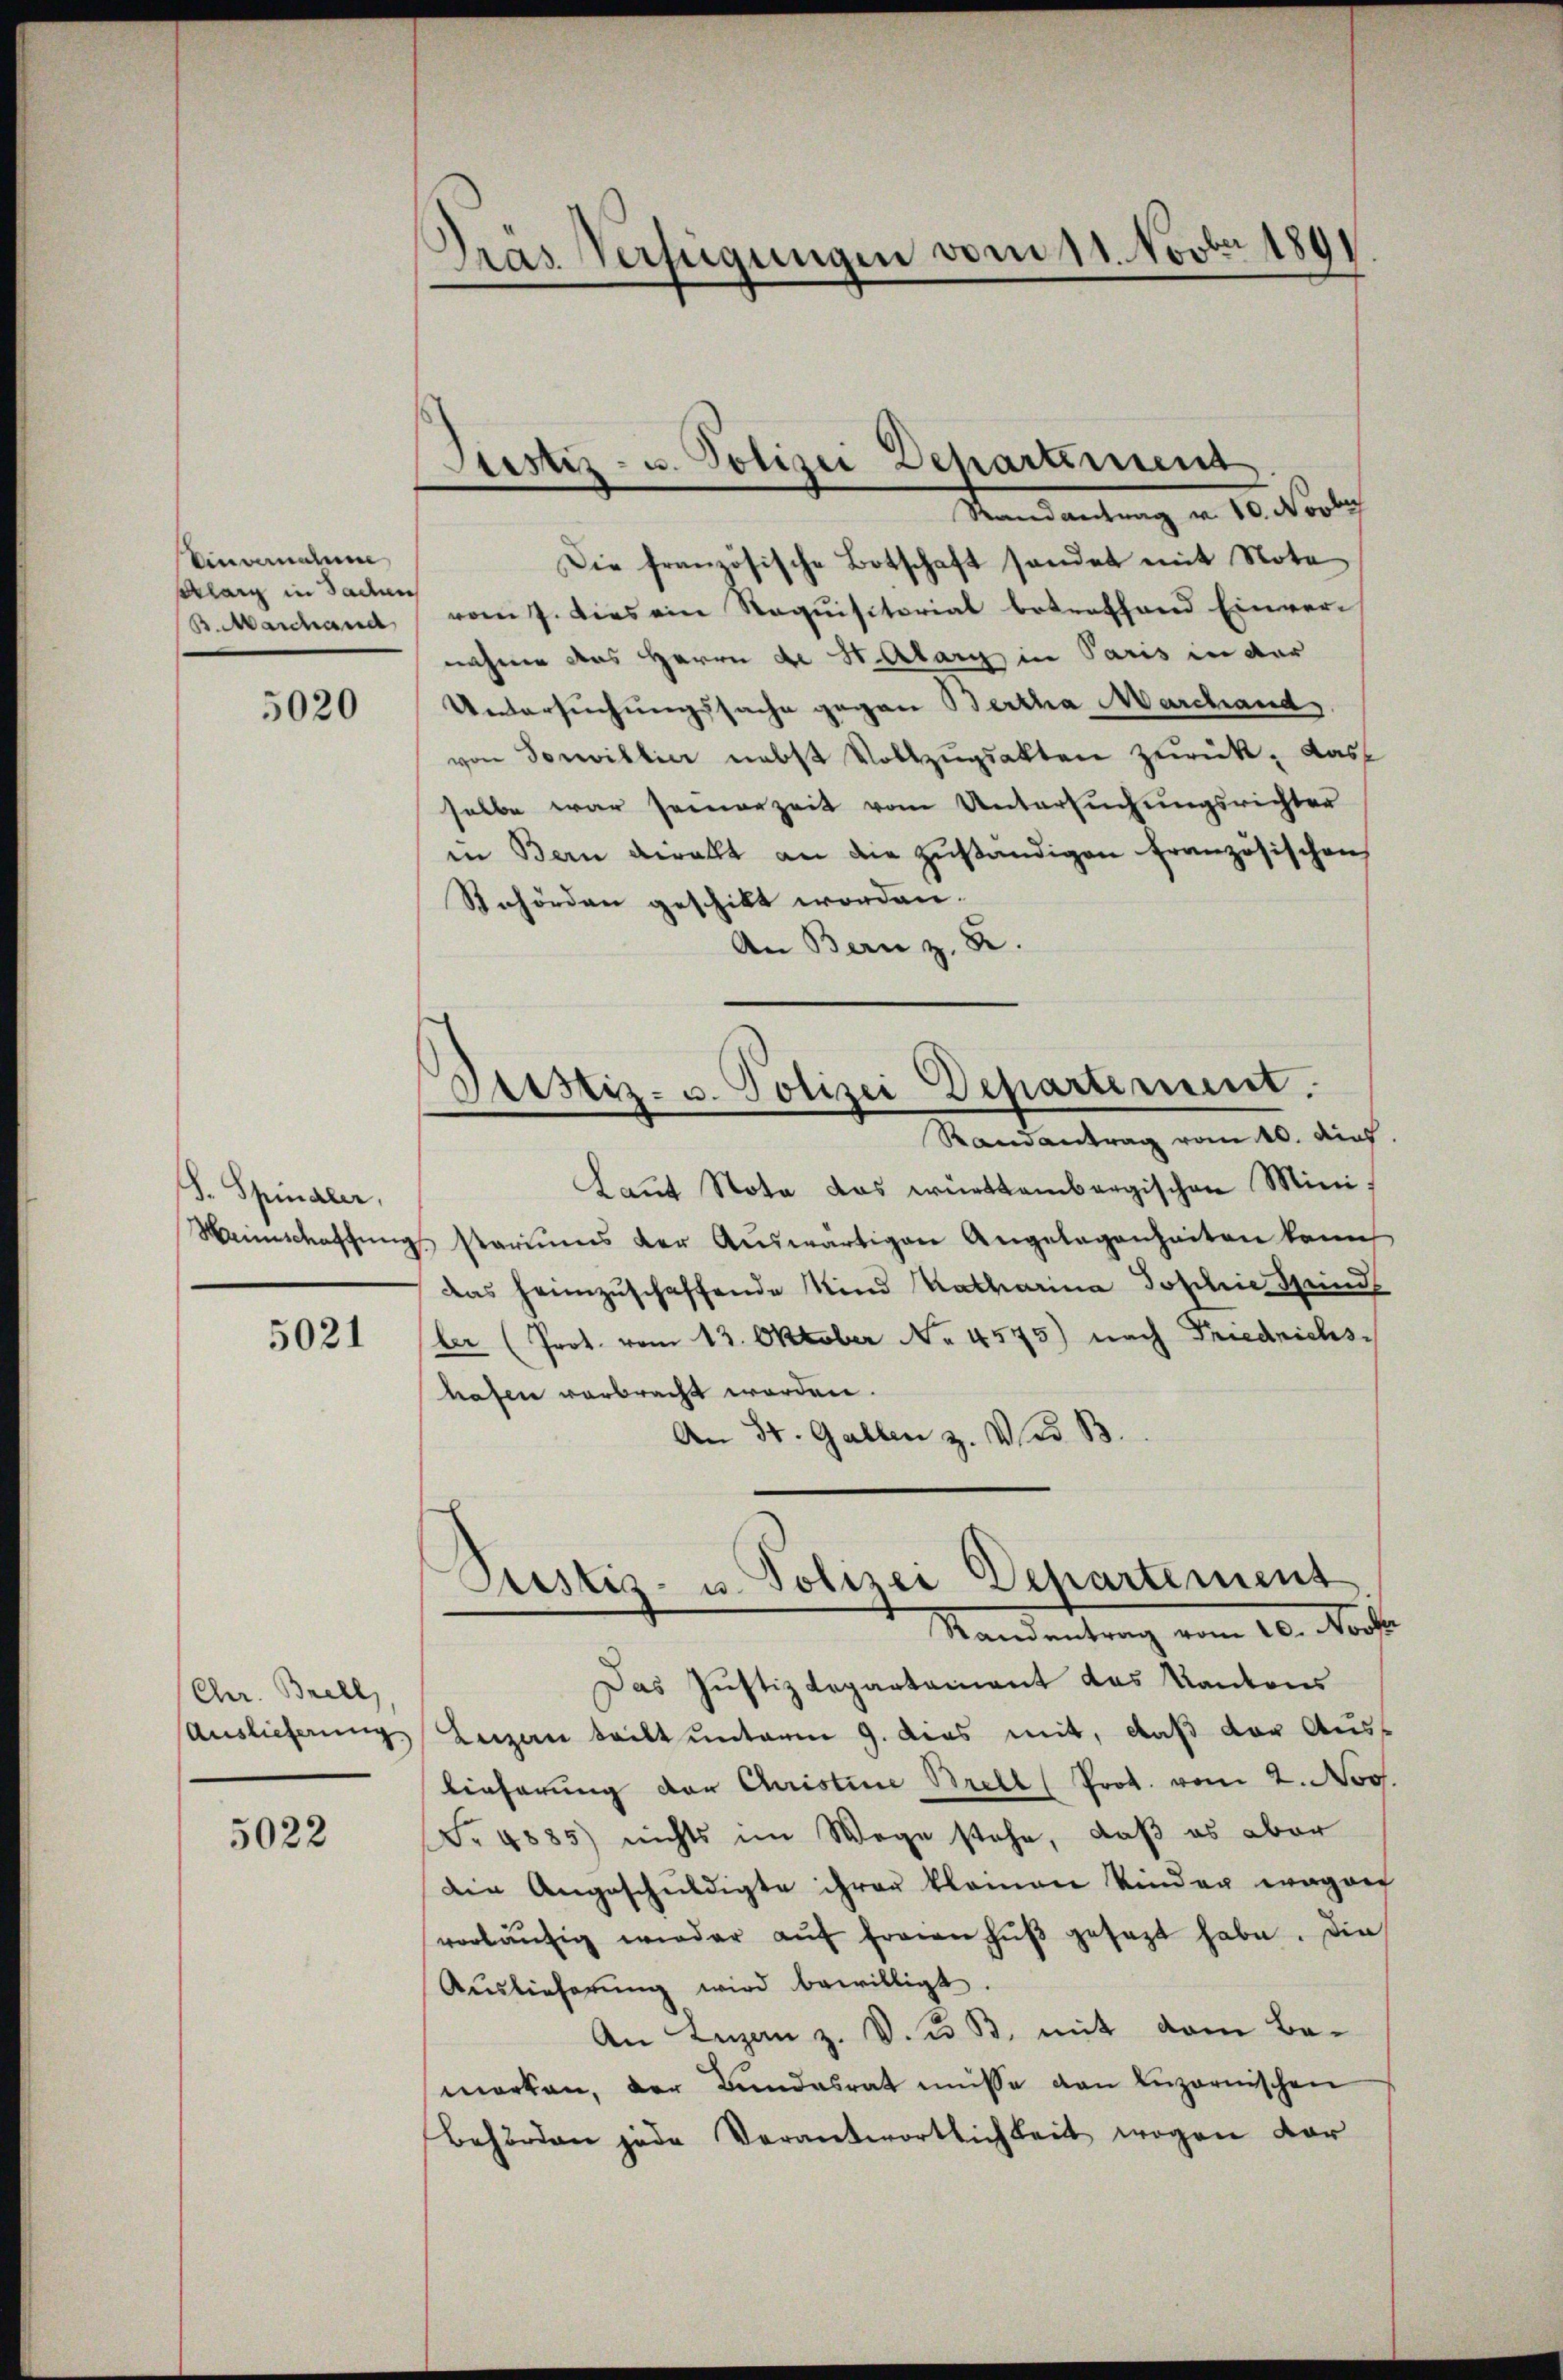
Einwendium
slang in Saden
B. Marchand

5020

d. Spinaler,
Heimschaffung

Chr. Brell,
Auslieferung

5022

5021

d
Gras Verfügungen vom 11. Novber 1891

Testiz- u. Polizei Departement

Geistiz- u. Polizei Departement.

Randantrag v. 10. Novbr
Die französische Botschaft sondet mit Nota
vom 7. dies ein Requisitorial betreffend Einvernahme das Herrn de Halary in Paris in der
Untersuchungssache gegen Bertha Marchand
von Vorwillier nebst Vollzŭgsakten zurück. Das
selbe war seinerzeit vom Untersuchungsrichter
in Bern berallt an die zuständigen französischen
Sehörden geschikt worden.
An Bern z. B.
Randantrag vom 10. dies
Laŭt Nota das württembergischen Ministariums der Aŭswärtigen Angelegenheiten kann,
das heimzuschaffende Kind Katharina Joschie Spind
ler (Prot. vom 13. Oktober No. 4575) nach Friedrichshafen verbracht worden
An St. Gallen z. No 33.
Justiz- u. Polizei Departement
Mandentrag vom 10. Nac
Das Justizdepartament das Kantons
Luzern teilt unterm 9. dies mit, daß der Auslieferung der Christine Brell (Prot. vom 2. Nov.
Nr. 4885) nichts im Wege stehe, daß es aber
der Angeschuldigte ihrer kleinen Kinder wegen
vorläŭfig wieder aŭf freien Hŭβ gesagt habe. Die
Auslieferŭng wird bewilligt.
An Luzanz. V. u. B. mit dem Be-
marken, der Bandesrat müsse von Luzernischen
Behörden jede Verantwortlichkeit wegen dor